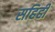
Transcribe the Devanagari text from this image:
सहिही